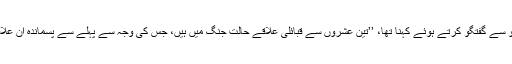
قبائلی اُمور کے ماہر شمس مومند کا ڈی ڈبلیو سے گفتگو کرتے ہوئے کہنا تھا، ’’تین عشروں سے قبائلی علاقے حالت جنگ میں ہیں، جس کی وجہ سے پہلے سے پسماندہ ان علاقوں کا انفراسٹرکچر بری طرح متاثر ہوا ہے۔